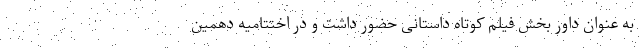
به عنوان داور بخش فیلم کوتاه داستانی حضور داشت و در اختتامیه دهمین